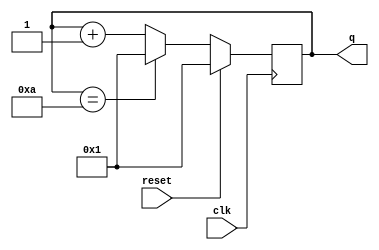
module top_module (
    input clk,
    input reset,
    output [3:0] q);
    always @(posedge clk) begin
        if(reset) begin
            q <= 1;
        end
        else begin
            if(q == 4'ha) begin
                q = 1;
            end
            else begin
                q = q + 1;
            end
        end
    end
endmodule